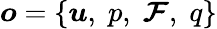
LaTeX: \boldsymbol{o}=\{ \boldsymbol{u},\; p,\; \boldsymbol{\mathcal{F}},\; q\}